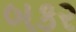
બકર